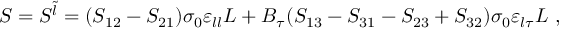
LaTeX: S = S ^ { \tilde { l } } = ( S _ { 1 2 } - S _ { 2 1 } ) \sigma _ { 0 } \varepsilon _ { l l } L + B _ { \tau } ( S _ { 1 3 } - S _ { 3 1 } - S _ { 2 3 } + S _ { 3 2 } ) \sigma _ { 0 } \varepsilon _ { l \tau } L \ ,